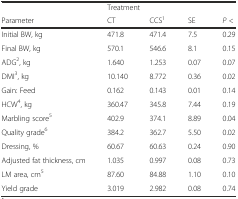
|  | <COLSPAN=4> Treatment |
 | Parameter | CT | CCS1 | SE | P < |
 | --- | --- | --- | --- | --- |
 | Initial BW, kg | 471.8 | 471.4 | 7.5 | 0.29 |
 | Final BW, kg | 570.1 | 546.6 | 8.1 | 0.15 |
 | ADG2, kg | 1.640 | 1.253 | 0.07 | 0.07 |
 | DMI3, kg | 10.140 | 8.772 | 0.36 | 0.02 |
 | Gain: Feed | 0.162 | 0.143 | 0.01 | 0.14 |
 | HCW4, kg | 360.47 | 345.8 | 7.44 | 0.19 |
 | Marbling score5 | 402.9 | 374.1 | 8.89 | 0.04 |
 | Quality grade6 | 384.2 | 362.7 | 5.50 | 0.02 |
 | Dressing, % | 60.67 | 60.63 | 0.24 | 0.90 |
 | Adjusted fat thickness, cm | 1.035 | 0.997 | 0.08 | 0.73 |
 | LM area, cm5 | 87.60 | 84.88 | 1.10 | 0.10 |
 | Yield grade | 3.019 | 2.982 | 0.08 | 0.74 |